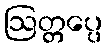
ဩတ္တပ္ပေ